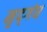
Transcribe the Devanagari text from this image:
मृद्‌गंध